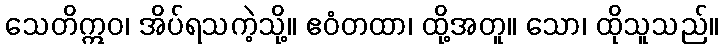
သေတိဣဝ၊ အိပ်ရသကဲ့သို့။ ဧဝံတထာ၊ ထို့အတူ။ သော၊ ထိုသူသည်။